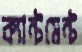
ক্যান্টমেন্ট